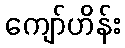
ကျော်ဟိန်း